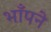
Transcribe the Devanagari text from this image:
भाँपने